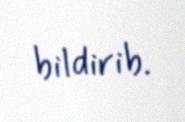
bildirib.